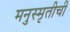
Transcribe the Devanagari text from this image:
मनुस्मृतीची